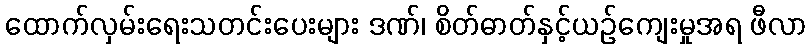
ထောက်လှမ်းရေးသတင်းပေးများ ဒဏ်၊ စိတ်ဓာတ်နှင့်ယဉ်ကျေးမှုအရ ဖီလာ